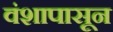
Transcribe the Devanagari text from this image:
वंशापासून